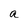
Character: a